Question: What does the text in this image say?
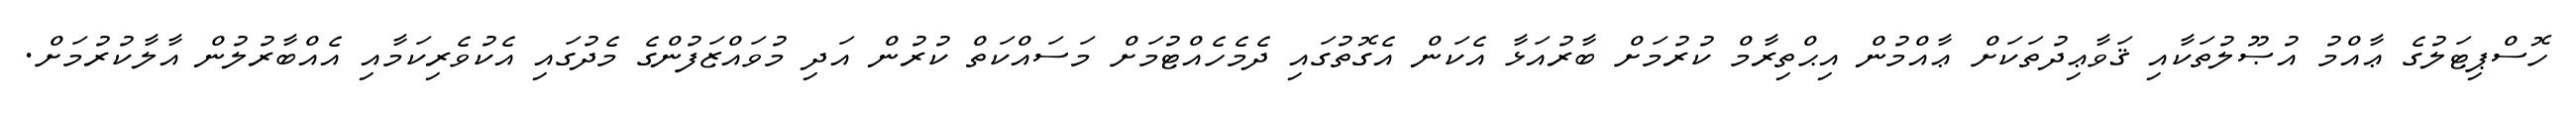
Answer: ހޮސްޕިޓަލުގެ ޢާއްމު އުޞޫލުތަކާއި ޤަވާޢިދުތަކަށް ޢާއްމުން އިޙްތިރާމް ކުރުމަށް ބާރުއަޅާ އެކަން އެގޮތުގައި ދެމެހެއްޓުމަށް މަސައްކަތް ކުރުން އަދި މުވައްޒަފުންގެ މެދުގައި އެކުވެރިކަމާއި އެއްބާރުލުން އާލާކުރުމަށް.